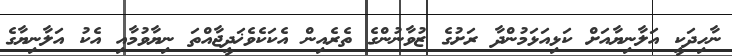
ނާހިދަކީ އަލާނިޔާއަށް ކަޅިއަޅަމުންދާ ރަށުގެ ޒުވާނުންގެ ތެރެއިން އެކަކެވެޚަދީޖާއްތަ ނިޔާވުމާއި އެކު އަލާނިޔާގެ